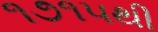
૧૭૧૫થી